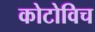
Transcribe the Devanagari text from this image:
कोटोविच